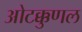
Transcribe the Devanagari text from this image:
ओटक्कुणल